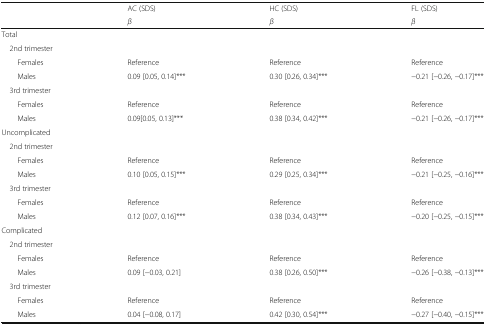
<table><thead><tr><td></td><td><b>AC (SDS)</b></td><td><b>HC (SDS)</b></td><td><b>FL (SDS)</b></td></tr><tr><td></td><td><b><i>β</i></b></td><td><b><i>β</i></b></td><td><b><i>β</i></b></td></tr></thead><tbody><tr><td colspan="4">Total</td></tr><tr><td colspan="4"> 2nd trimester</td></tr><tr><td>Females</td><td>Reference</td><td>Reference</td><td>Reference</td></tr><tr><td>Males</td><td>0.09 [0.05, 0.14]***</td><td>0.30 [0.26, 0.34]***</td><td>−0.21 [−0.26, −0.17]***</td></tr><tr><td colspan="4"> 3rd trimester</td></tr><tr><td>Females</td><td>Reference</td><td>Reference</td><td>Reference</td></tr><tr><td>Males</td><td>0.09[0.05, 0.13]***</td><td>0.38 [0.34, 0.42]***</td><td>−0.21 [−0.26, −0.17]***</td></tr><tr><td colspan="4">Uncomplicated</td></tr><tr><td colspan="4"> 2nd trimester</td></tr><tr><td>Females</td><td>Reference</td><td>Reference</td><td>Reference</td></tr><tr><td>Males</td><td>0.10 [0.05, 0.15]***</td><td>0.29 [0.25, 0.34]***</td><td>−0.21 [−0.25, −0.16]***</td></tr><tr><td colspan="4"> 3rd trimester</td></tr><tr><td>Females</td><td>Reference</td><td>Reference</td><td>Reference</td></tr><tr><td>Males</td><td>0.12 [0.07, 0.16]***</td><td>0.38 [0.34, 0.43]***</td><td>−0.20 [−0.25, −0.15]***</td></tr><tr><td colspan="4">Complicated</td></tr><tr><td colspan="4"> 2nd trimester</td></tr><tr><td>Females</td><td>Reference</td><td>Reference</td><td>Reference</td></tr><tr><td>Males</td><td>0.09 [−0.03, 0.21]</td><td>0.38 [0.26, 0.50]***</td><td>−0.26 [−0.38, −0.13]***</td></tr><tr><td colspan="4"> 3rd trimester</td></tr><tr><td>Females</td><td>Reference</td><td>Reference</td><td>Reference</td></tr><tr><td>Males</td><td>0.04 [−0.08, 0.17]</td><td>0.42 [0.30, 0.54]***</td><td>−0.27 [−0.40, −0.15]***</td></tr></tbody></table>